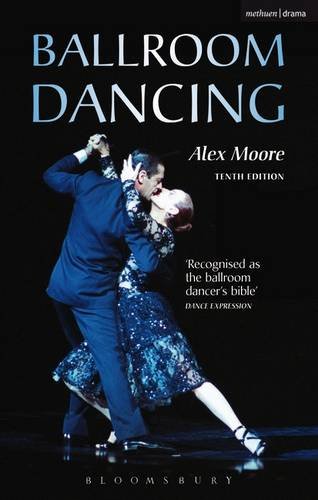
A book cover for Ballroom Dancing, 10th Edition; Alex Moore; Humor & Entertainment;